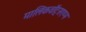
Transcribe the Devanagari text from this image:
मालिकवॉट्सएप्प